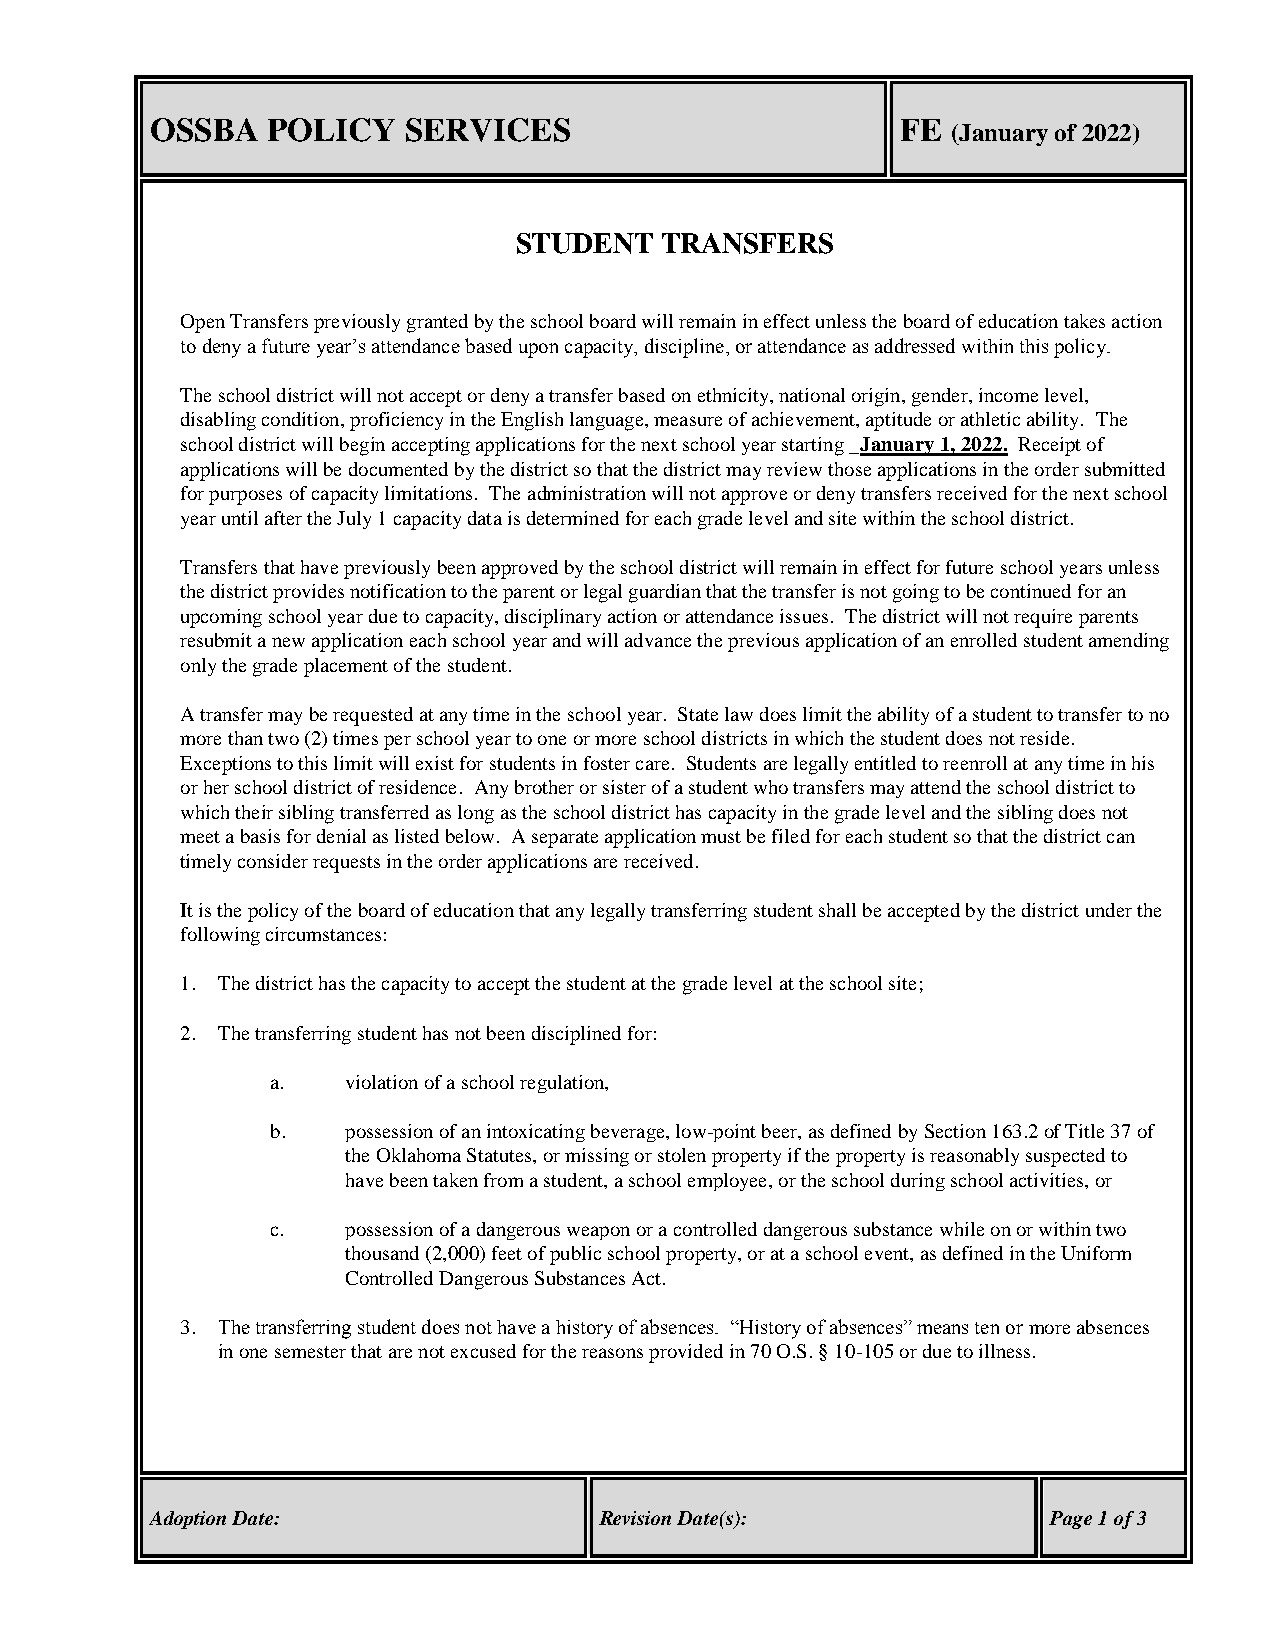
OSSBA   POLICY   SERVICES                         FE
 (January of 2022)
 STUDENT   TRANSFERS
 Open Transfers previously granted by the school board will remain in effect unless the board of education takes action
 to deny a future year’s attendance based upon capacity, discipline, or attendance as addressed within this policy.
 The school district will not accept or deny a transfer based on ethnicity, national origin, gender, income level,
 disabling condition, proficiency in the English language, measure of achievement, aptitude or athletic ability. The
 school district will begin accepting applications for the next school year starting _January 1, 2022. Receipt of
 applications will be documented by the district so that the district may review those applications in the order submitted
 for purposes of capacity limitations. The administration will not approve or deny transfers received for the next school
 year until after the July 1 capacity data is determined for each grade level and site within the school district.
 Transfers that have previously been approved by the school district will remain in effect for future school years unless
 the district provides notification to the parent or legal guardian that the transfer is not going to be continued for an
 upcoming school year due to capacity, disciplinary action or attendance issues. The district will not require parents
 resubmit a new application each school year and will advance the previous application of an enrolled student amending
 only the grade placement of the student.
 A transfer may be requested at any time in the school year. State law does limit the ability of a student to transfer to no
 more than two (2) times per school year to one or more school districts in which the student does not reside.
 Exceptions to this limit will exist for students in foster care. Students are legally entitled to reenroll at any time in his
 or her school district of residence. Any brother or sister of a student who transfers may attend the school district to
 which their sibling transferred as long as the school district has capacity in the grade level and the sibling does not
 meet a basis for denial as listed below. A separate application must be filed for each student so that the district can
 timely consider requests in the order applications are received.
 It is the policy of the board of education that any legally transferring student shall be accepted by the district under the
 following circumstances:
 1. The district has the capacity to accept the student at the grade level at the school site;
 2. The transferring student has not been disciplined for:
 a.   violation of a school regulation,
 b.   possession of an intoxicating beverage, low-point beer, as defined by Section 163.2 of Title 37 of
 the Oklahoma Statutes, or missing or stolen property if the property is reasonably suspected to
 have been taken from a student, a school employee, or the school during school activities, or
 c.   possession of a dangerous weapon or a controlled dangerous substance while on or within two
 thousand (2,000) feet of public school property, or at a school event, as defined in the Uniform
 Controlled Dangerous Substances Act.
 3. The transferring student does not have a history of absences. “History of absences” means ten or more absences
 in one semester that are not excused for the reasons provided in 70 O.S. § 10-105 or due to illness.
 Adoption Date:                Revision Date(s):             Page 1 of 3